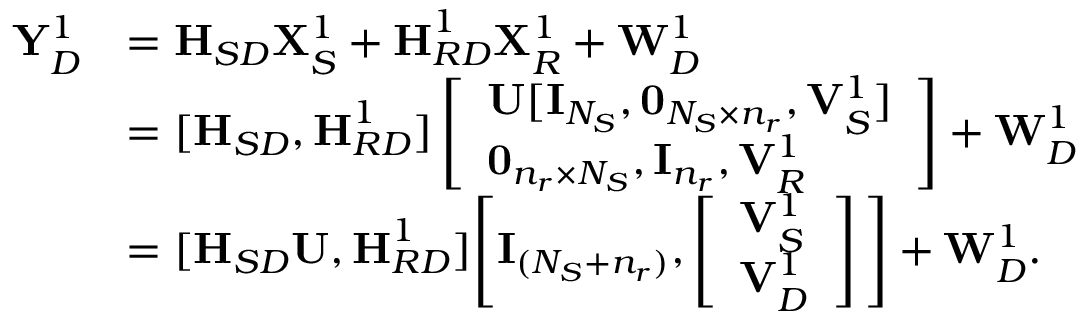
\begin{array} { r l } { { \mathbf Y } _ { D } ^ { 1 } } & { = { \textbf H } _ { S D } { \mathbf X } _ { S } ^ { 1 } + { \textbf H } _ { R D } ^ { 1 } { \mathbf X } _ { R } ^ { 1 } + { \mathbf W } _ { D } ^ { 1 } } \\ & { = [ { \textbf H } _ { S D } , { \textbf H } _ { R D } ^ { 1 } ] \left[ \begin{array} { l } { { \mathbf U } [ { \mathbf I } _ { N _ { S } } , \mathbf { 0 } _ { N _ { S } \times n _ { r } } , { \mathbf V } _ { S } ^ { 1 } ] } \\ { \mathbf { 0 } _ { n _ { r } \times N _ { S } } , { \mathbf I } _ { n _ { r } } , { \mathbf V } _ { R } ^ { 1 } } \end{array} \right] + { \mathbf W } _ { D } ^ { 1 } } \\ & { = [ { \textbf H } _ { S D } { \mathbf U } , { \textbf H } _ { R D } ^ { 1 } ] \Bigg [ { \mathbf I } _ { ( N _ { S } + n _ { r } ) } , \left[ \begin{array} { l } { { \mathbf V } _ { S } ^ { 1 } } \\ { { \mathbf V } _ { D } ^ { 1 } } \end{array} \right] \Bigg ] + { \mathbf W } _ { D } ^ { 1 } . } \end{array}